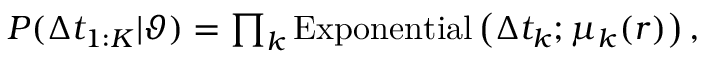
\begin{array} { r } { P ( \Delta t _ { 1 : K } | \vartheta ) = \prod _ { k } \mathrm { E x p o n e n t i a l } \left( \Delta t _ { k } ; \mu _ { k } ( r ) \right) , } \end{array}